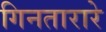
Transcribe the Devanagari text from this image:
गिनतारारे